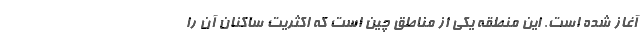
آغاز شده است. این منطقه یکی از مناطق چین است که اکثریت ساکنان آن را